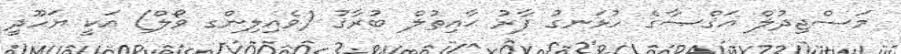
މަސްޖިދުލް އަޤްޞާގެ ހުޅަނގު ފާރު ޙާއިޠުލް ބުރާޤު (ވެއިލިންގ ވޯލް) އަކީ ޔަހޫދީ